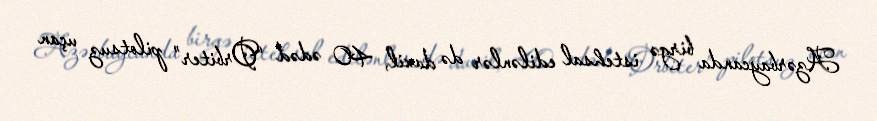
Azərbaycanda birgə istehsal edilənlər də daxil, 40 ədəd “Orbiter” pilotsuz uçan